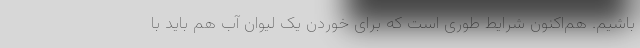
باشیم. هم‌اکنون شرایط طوری است که برای خوردن یک لیوان آب هم باید با